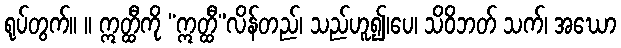
ရုပ်တွက်။ ။ ဣတ္ထီကို “ဣတ္ထီ”လိန်တည်၊ သည်ဟူ၍၊ပေ၊ သိဝိဘတ် သက်၊ အဃော